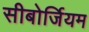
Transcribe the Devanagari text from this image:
सीबोर्जियम